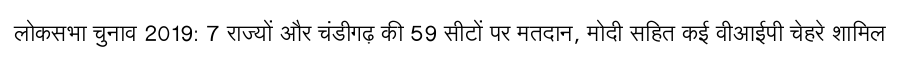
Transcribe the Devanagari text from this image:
लोकसभा चुनाव 2019: 7 राज्यों और चंडीगढ़ की 59 सीटों पर मतदान, मोदी सहित कई वीआईपी चेहरे शामिल